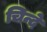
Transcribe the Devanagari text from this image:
चिन्दे